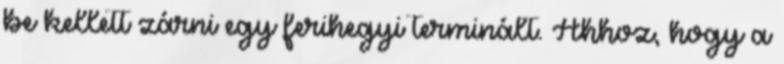
be kellett zárni egy ferihegyi terminált. Ahhoz, hogy a